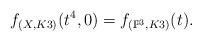
LaTeX: \begin{align*} f_{(X,K3)}(t^4,0)=f_{(\mathbb P^3,K3)}(t). \end{align*}